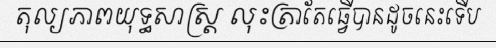
តុល្យភាពយុទ្ធសាស្ត្រ លុះត្រាតែធ្វើបានដូចនេះទើប